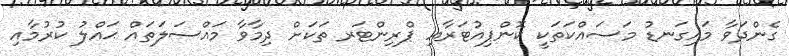
ގެންދަވާ މައިގަނޑު މަސައްކަތަކީ ކޮންޕިއުޓަރާއި ޕްރިންޓަރ ތަކަށް ދިމާވާ މައްސަލަތައް ޙައްލު ކުރުމާއި